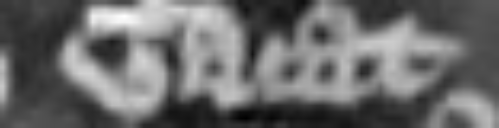
vacat